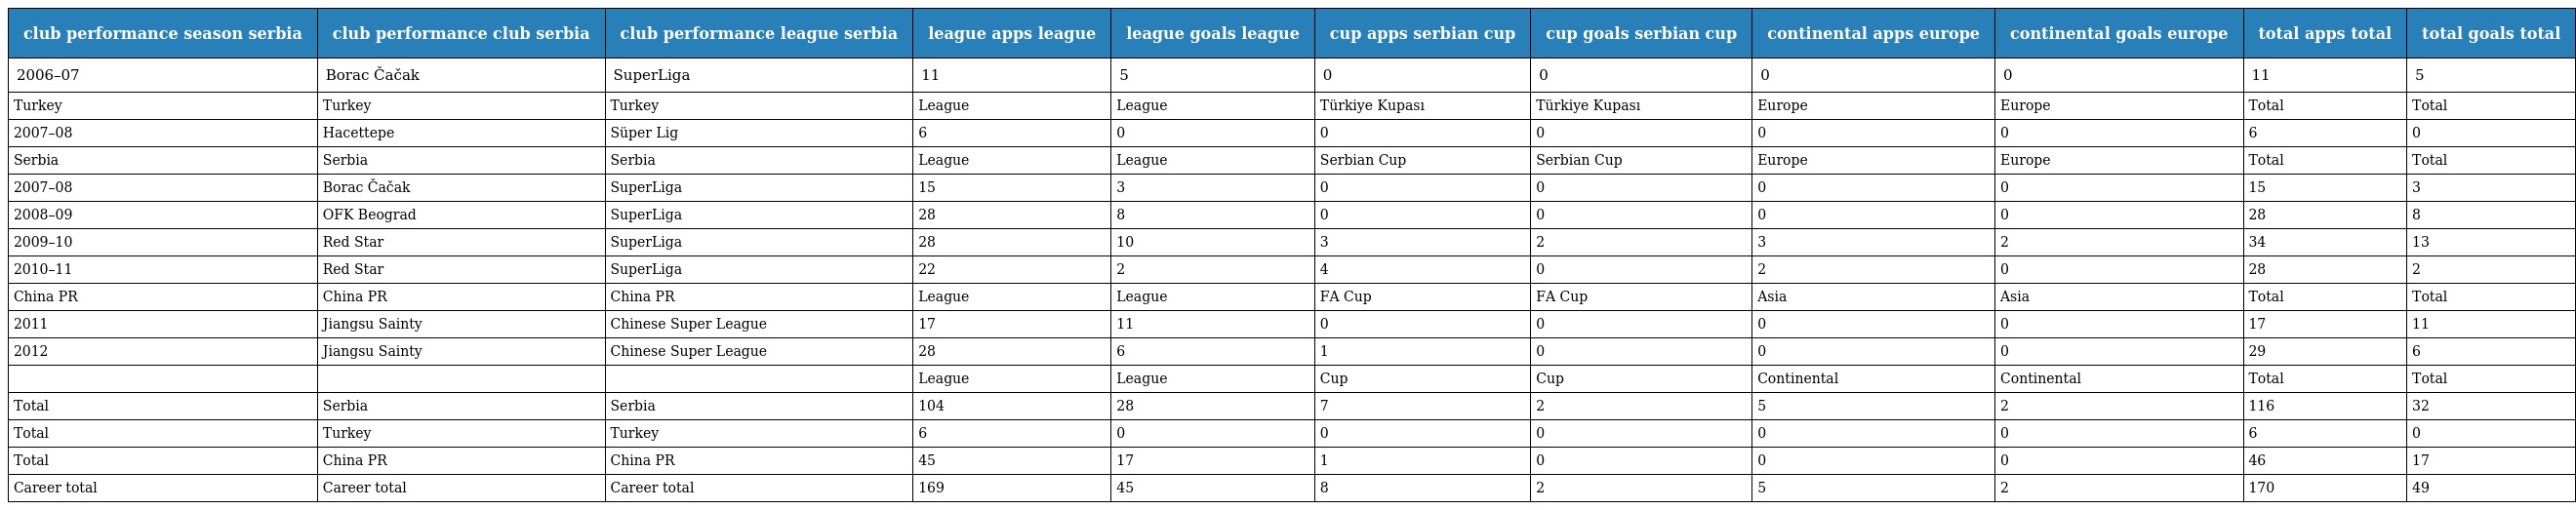
| club performance season serbia | club performance club serbia | club performance league serbia | league apps league | league goals league | cup apps serbian cup | cup goals serbian cup | continental apps europe | continental goals europe | total apps total | total goals total |
 | --- | --- | --- | --- | --- | --- | --- | --- | --- | --- | --- |
 | 2006–07 | Borac Čačak | SuperLiga | 11 | 5 | 0 | 0 | 0 | 0 | 11 | 5 |
 | Turkey | Turkey | Turkey | League | League | Türkiye Kupası | Türkiye Kupası | Europe | Europe | Total | Total |
 | 2007–08 | Hacettepe | Süper Lig | 6 | 0 | 0 | 0 | 0 | 0 | 6 | 0 |
 | Serbia | Serbia | Serbia | League | League | Serbian Cup | Serbian Cup | Europe | Europe | Total | Total |
 | 2007–08 | Borac Čačak | SuperLiga | 15 | 3 | 0 | 0 | 0 | 0 | 15 | 3 |
 | 2008–09 | OFK Beograd | SuperLiga | 28 | 8 | 0 | 0 | 0 | 0 | 28 | 8 |
 | 2009–10 | Red Star | SuperLiga | 28 | 10 | 3 | 2 | 3 | 2 | 34 | 13 |
 | 2010–11 | Red Star | SuperLiga | 22 | 2 | 4 | 0 | 2 | 0 | 28 | 2 |
 | China PR | China PR | China PR | League | League | FA Cup | FA Cup | Asia | Asia | Total | Total |
 | 2011 | Jiangsu Sainty | Chinese Super League | 17 | 11 | 0 | 0 | 0 | 0 | 17 | 11 |
 | 2012 | Jiangsu Sainty | Chinese Super League | 28 | 6 | 1 | 0 | 0 | 0 | 29 | 6 |
 |  |  |  | League | League | Cup | Cup | Continental | Continental | Total | Total |
 | Total | Serbia | Serbia | 104 | 28 | 7 | 2 | 5 | 2 | 116 | 32 |
 | Total | Turkey | Turkey | 6 | 0 | 0 | 0 | 0 | 0 | 6 | 0 |
 | Total | China PR | China PR | 45 | 17 | 1 | 0 | 0 | 0 | 46 | 17 |
 | Career total | Career total | Career total | 169 | 45 | 8 | 2 | 5 | 2 | 170 | 49 |